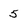
Character: 5